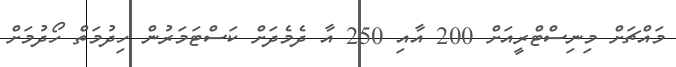
މައްޗަށް މިނިސްޓްރީއަށް 200 އާއި 250 އާ ދެމެދަށް ކަސްޓަމަރުން ހިދުމަތް ހޯދުމަށް